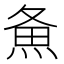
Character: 𰞲